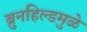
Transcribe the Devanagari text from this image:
ब्रुनहिल्डमुळे